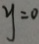
y = 0